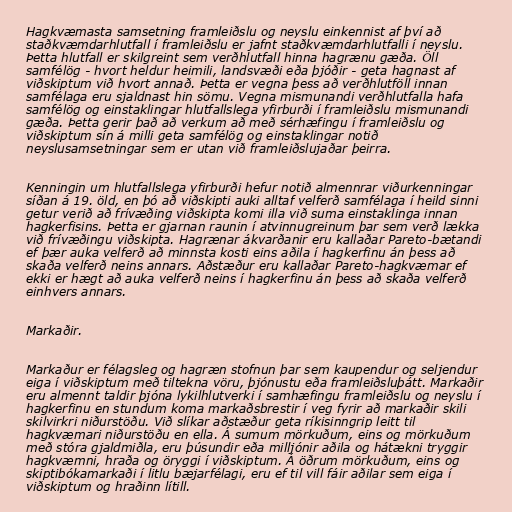
Hagkvæmasta samsetning framleiðslu og neyslu einkennist af því að
staðkvæmdarhlutfall í framleiðslu er jafnt staðkvæmdarhlutfalli í neyslu.
Þetta hlutfall er skilgreint sem verðhlutfall hinna hagrænu gæða. Öll
samfélög - hvort heldur heimili, landsvæði eða þjóðir - geta hagnast af
viðskiptum við hvort annað. Þetta er vegna þess að verðhlutföll innan
samfélaga eru sjaldnast hin sömu. Vegna mismunandi verðhlutfalla hafa
samfélög og einstaklingar hlutfallslega yfirburði í framleiðslu mismunandi
gæða. Þetta gerir það að verkum að með sérhæfingu í framleiðslu og
viðskiptum sín á milli geta samfélög og einstaklingar notið
neyslusamsetningar sem er utan við framleiðslujaðar þeirra.

Kenningin um hlutfallslega yfirburði hefur notið almennrar viðurkenningar
síðan á 19. öld, en þó að viðskipti auki alltaf velferð samfélaga í heild sinni
getur verið að frívæðing viðskipta komi illa við suma einstaklinga innan
hagkerfisins. Þetta er gjarnan raunin í atvinnugreinum þar sem verð lækka
við frívæðingu viðskipta. Hagrænar ákvarðanir eru kallaðar Pareto-bætandi
ef þær auka velferð að minnsta kosti eins aðila í hagkerfinu án þess að
skaða velferð neins annars. Aðstæður eru kallaðar Pareto-hagkvæmar ef
ekki er hægt að auka velferð neins í hagkerfinu án þess að skaða velferð
einhvers annars.

Markaðir.

Markaður er félagsleg og hagræn stofnun þar sem kaupendur og seljendur
eiga í viðskiptum með tiltekna vöru, þjónustu eða framleiðsluþátt. Markaðir
eru almennt taldir þjóna lykilhlutverki í samhæfingu framleiðslu og neyslu í
hagkerfinu en stundum koma markaðsbrestir í veg fyrir að markaðir skili
skilvirkri niðurstöðu. Við slíkar aðstæður geta ríkisinngrip leitt til
hagkvæmari niðurstöðu en ella. Á sumum mörkuðum, eins og mörkuðum
með stóra gjaldmiðla, eru þúsundir eða milljónir aðila og hátækni tryggir
hagkvæmni, hraða og öryggi í viðskiptum. Á öðrum mörkuðum, eins og
skiptibókamarkaði í litlu bæjarfélagi, eru ef til vill fáir aðilar sem eiga í
viðskiptum og hraðinn lítill.